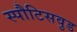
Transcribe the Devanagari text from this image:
स्पौटिसवुड